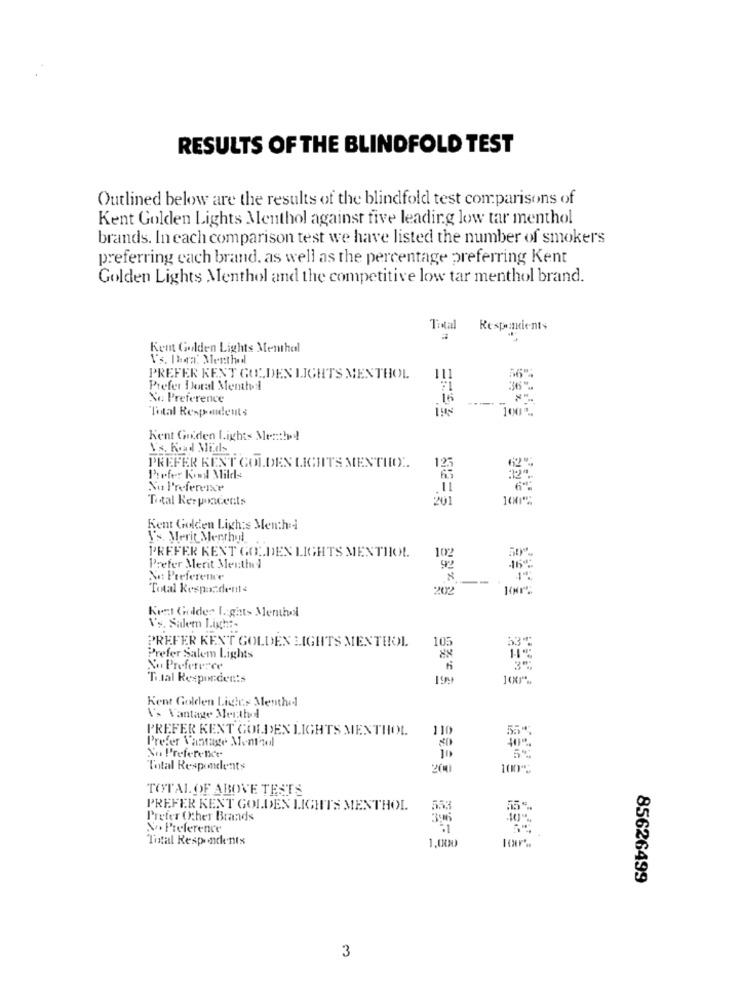
RESULTS OF THE BLINDFOLD TEST
Outlined below are the results of the blindfold test comparisons of
Kent Golden Lights Menthol against five leading low tar menthol
brands. In each comparison test we have listed the number of smokers
preferring each brand, as well as the percentage preferring Kent
Golden Lights Menthol and the competitive low tar menthol brand.
Total
Respondents
Kent Golden Lights Menthal
V's. Den: Menthed
PREFER KENT GULDEN LIGHTS MENTHOL
111
56"
Prefer Doral Menthed
Ne Preference
Total Respondents
Kent Guiden Lights Menthe!
V's. Road Mids
PREFER KENT GOLDEN LIGHTS MENTIDO !.
125
Prefer Kost Milds
No Preference
11
Total Responcents
201
Kent Golden Ligh:s Menchi
\'s. Merit Menthyl
PREFER KENT GOLDEN LIGHTS MENTHOL
102
Prefer Merit Menthol
92
Se Prefereme
Total Respondents
202
Kent Golder I. ghts Membol
V's. Salem Ligch :-
PREFER KENT GOLDEN LIGHTS MENTHOL
105
Prefer Salem Lights
88
No Preference
Ti.tal Responden:s
100".
Kent Golden Lights Menthol
\'> Vantage Merthol
PREFER KENT GOLDEN LIGHTS MENTHOL
110
55*
Prefer Vantage Menthol
No Preference
Total Respondents
200)
100℃
TOTAL OF ABOVE TESTS
PREFER KENT GOLDEN LIGHTS MENTHOL
553
55".
Prefer Other Brands
No. Preference
Total Respondents
1,000
85626499
3